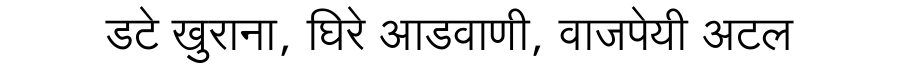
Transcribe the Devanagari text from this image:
डटे खुराना, घिरे आडवाणी, वाजपेयी अटल